Annual report of the Imperial Bacteriological Laboratory, Muktesar
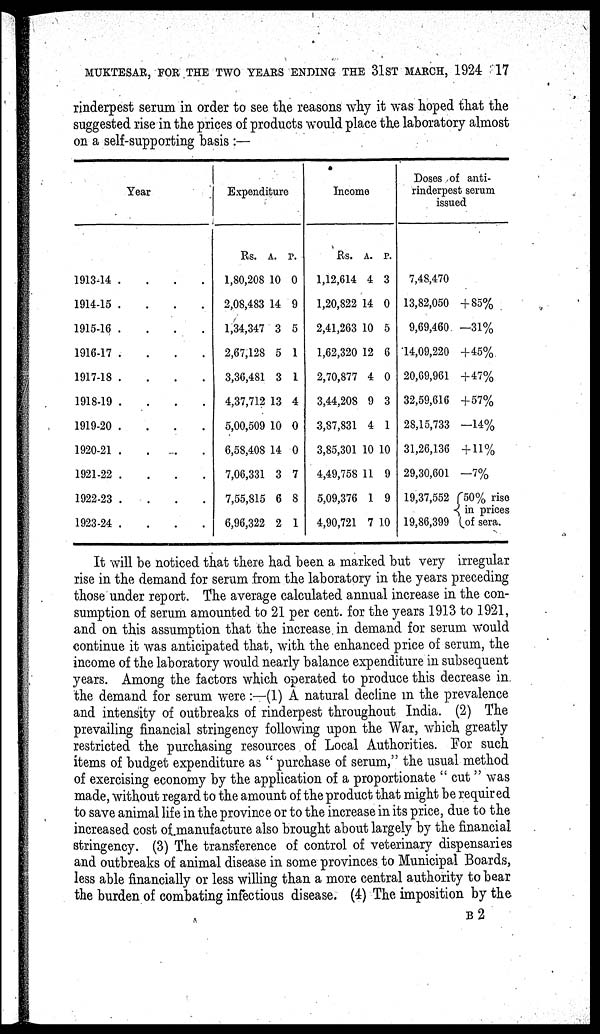
MUKTESAR, FOR THE TWO YEARS ENDING THE 31ST MARCH, 1924 17
rinderpest serum in order to see the reasons why it was hoped that the
suggested rise in the prices of products would place the laboratory almost
on a self-supporting basis:—
Year
1913-14
1914-15
1915-16
1916-17
1917-18
1918-19
1919-20
1920-21
1921-22
1922-23
1923-24
.
.
.
.
.
.
.
.
.
.
.
.
.
.
.
.
.
.
.
.
.
.
.
.
.
.
.
.
.
.
.
.
.
.
.
.
.
.
.
.
.
.
.
.
Expenditure
Rs.
1,80,208
2,08,483
1,34,347
2,67,128
3,36,481
4,37,712
5,00,509
6,58,408
7,06,331
7,55,815
6,96,322
A.
10
14
3
5
3
13
10
14
3
6
2
P.
0
9
5
1
1
4
0
0
7
8
1
Income
Rs.
1,12,614
1,20,822
2,41,263
1,62,320
2,70,877
3,44,208
3,87,831
3,85,301
4,49,758
5,09,376
4,90,721
A.
4
14
10
12
4
9
4
10
11
1
7
P.
3
0
5
6
0
3
1
10
9
9
10
Doses of anti¬
rinderpest serum
issued
7,48,470
13,82,050
9,69,460
14,09,220
20,69,961
32,59,616
28,15,733
31,26,136
29,30,601
19,37,552
19,86,399
+85%
-31%
+45%
+47%
+57%
-14%
+11%
-7%
50% rise
{ in prices
of sera.
It will be noticed that there had been a marked but very irregular
rise in the demand for serum from the laboratory in the years preceding
those under report. The average calculated annual increase in the con-
sumption of serum amounted to 21 per cent. for the years 1913 to 1921,
and on this assumption that the increase in demand for serum would
continue it was anticipated that, with the enhanced price of serum, the
income of the laboratory would nearly balance expenditure in subsequent
years. Among the factors which operated to produce this decrease in.
the demand for serum were:—(1) A natural decline in the prevalence
and intensity of outbreaks of rinderpest throughout India. (2) The
prevailing financial stringency following upon the War, which greatly
restricted the purchasing resources of Local Authorities. For such
items of budget expenditure as " purchase of serum," the usual method
of exercising economy by the application of a proportionate " cut" was
made, without regard to the amount of the product that might be required
to save animal life in the province or to the increase in its price, due to the
increased cost of manufacture also brought about largely by the financial
stringency. (3) The transference of control of veterinary dispensaries
and outbreaks of animal disease in some provinces to Municipal Boards,
less able financially or less willing than a more central authority to bear
the burden of combating infectious disease. (4) The imposition by the
B 2